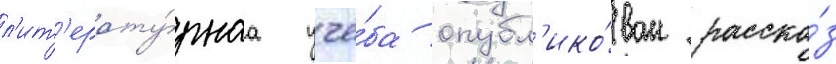
л'ит'ерату́рнаа учё́ба опубл'ико́ван расска́з